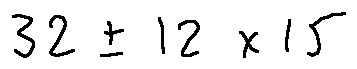
3 2 \pm 1 2 \times 1 5